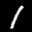
Label: 1